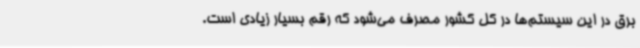
برق در این سیستم‌ها در کل کشور مصرف می‌شود که رقم بسیار زیادی است.